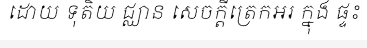
ដោយ ទុតិយ ជ្ឈាន សេចក្តីត្រេកអរ ក្នុង ផ្ទះ